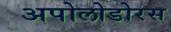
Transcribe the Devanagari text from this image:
अपोलोडोरस